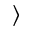
\rangle